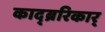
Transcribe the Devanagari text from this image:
काद्ब्ररिकार्